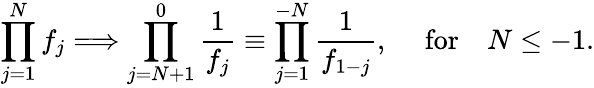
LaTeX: \prod_{j=1}^{N}f_{j}\Longrightarrow\prod_{j=N+1}^{0}{\frac{1}{f_{j}}}\equiv\prod_{j=1}^{-N}{\frac{1}{f_{1-j}}},\quad\mathrm{~for}\quad N\leq-1.